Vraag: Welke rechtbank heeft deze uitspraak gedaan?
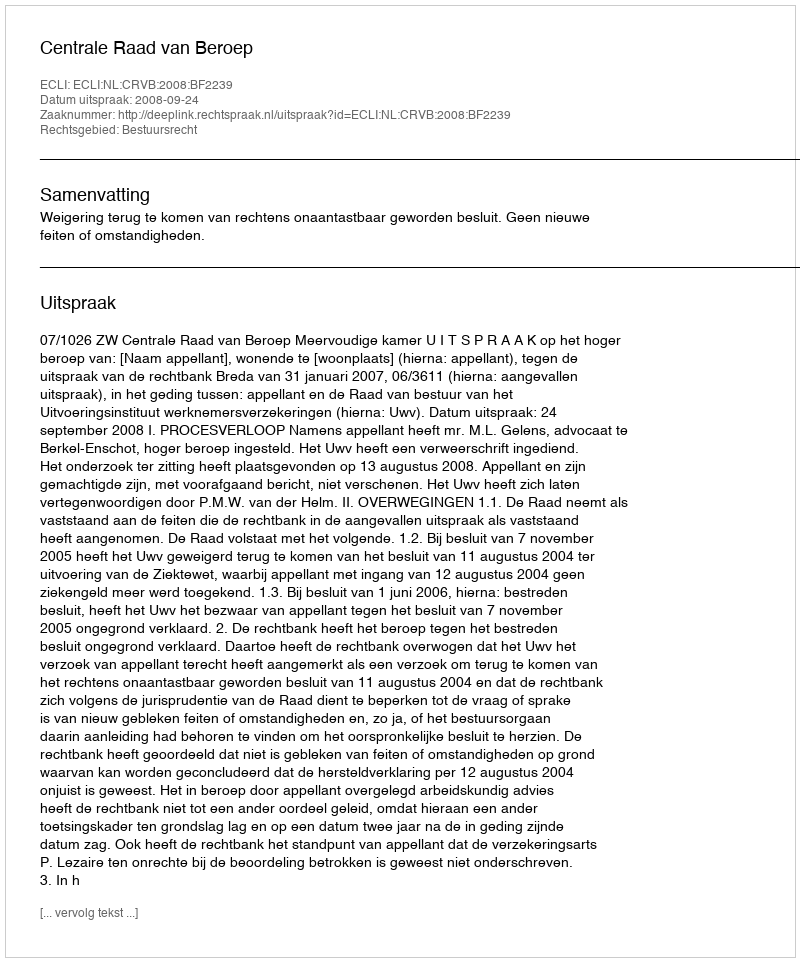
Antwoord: Centrale Raad van Beroep